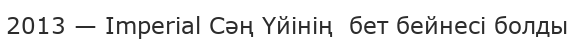
2013 — Imperial Сәң Үйінің  бет бейнесі болды